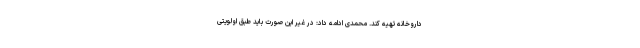
داروخانه تهیه کند. محمدی ادامه داد: در غیر این صورت باید طبق اولویتی